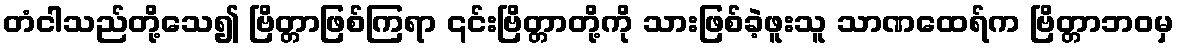
တံငါသည်တို့သေ၍ ဗြိတ္တာဖြစ်ကြရာ ၎င်းဗြိတ္တာတို့ကို သားဖြစ်ခဲ့ဖူးသူ သာဏထေရ်က ဗြိတ္တာဘဝမှ